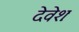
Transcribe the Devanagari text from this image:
देवेशः